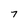
Character: 7